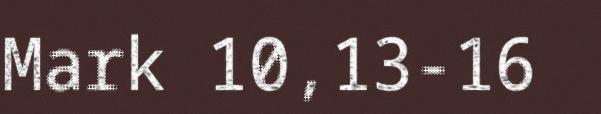
Mark 10,13-16